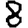
Digit: 8